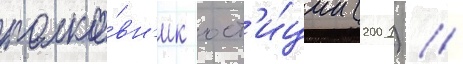
полко́вн'ик юст'и́ции (2001) //